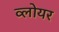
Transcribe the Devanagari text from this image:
व्लोयर